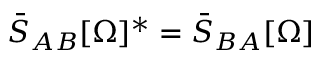
\bar { S } _ { A B } [ \Omega ] ^ { * } = \bar { S } _ { B A } [ \Omega ]